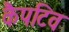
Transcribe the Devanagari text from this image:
कैपटिव